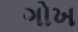
ગોખ